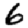
Digit: 6